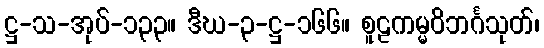
ဋ္ဌ-သ-အုပ်-၁၃၃။ ဒီဃ-၃-ဋ္ဌ-၁၆၆။ စူဠကမ္မဝိဘင်္ဂသုတ်၊